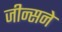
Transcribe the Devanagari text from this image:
जीन्सने